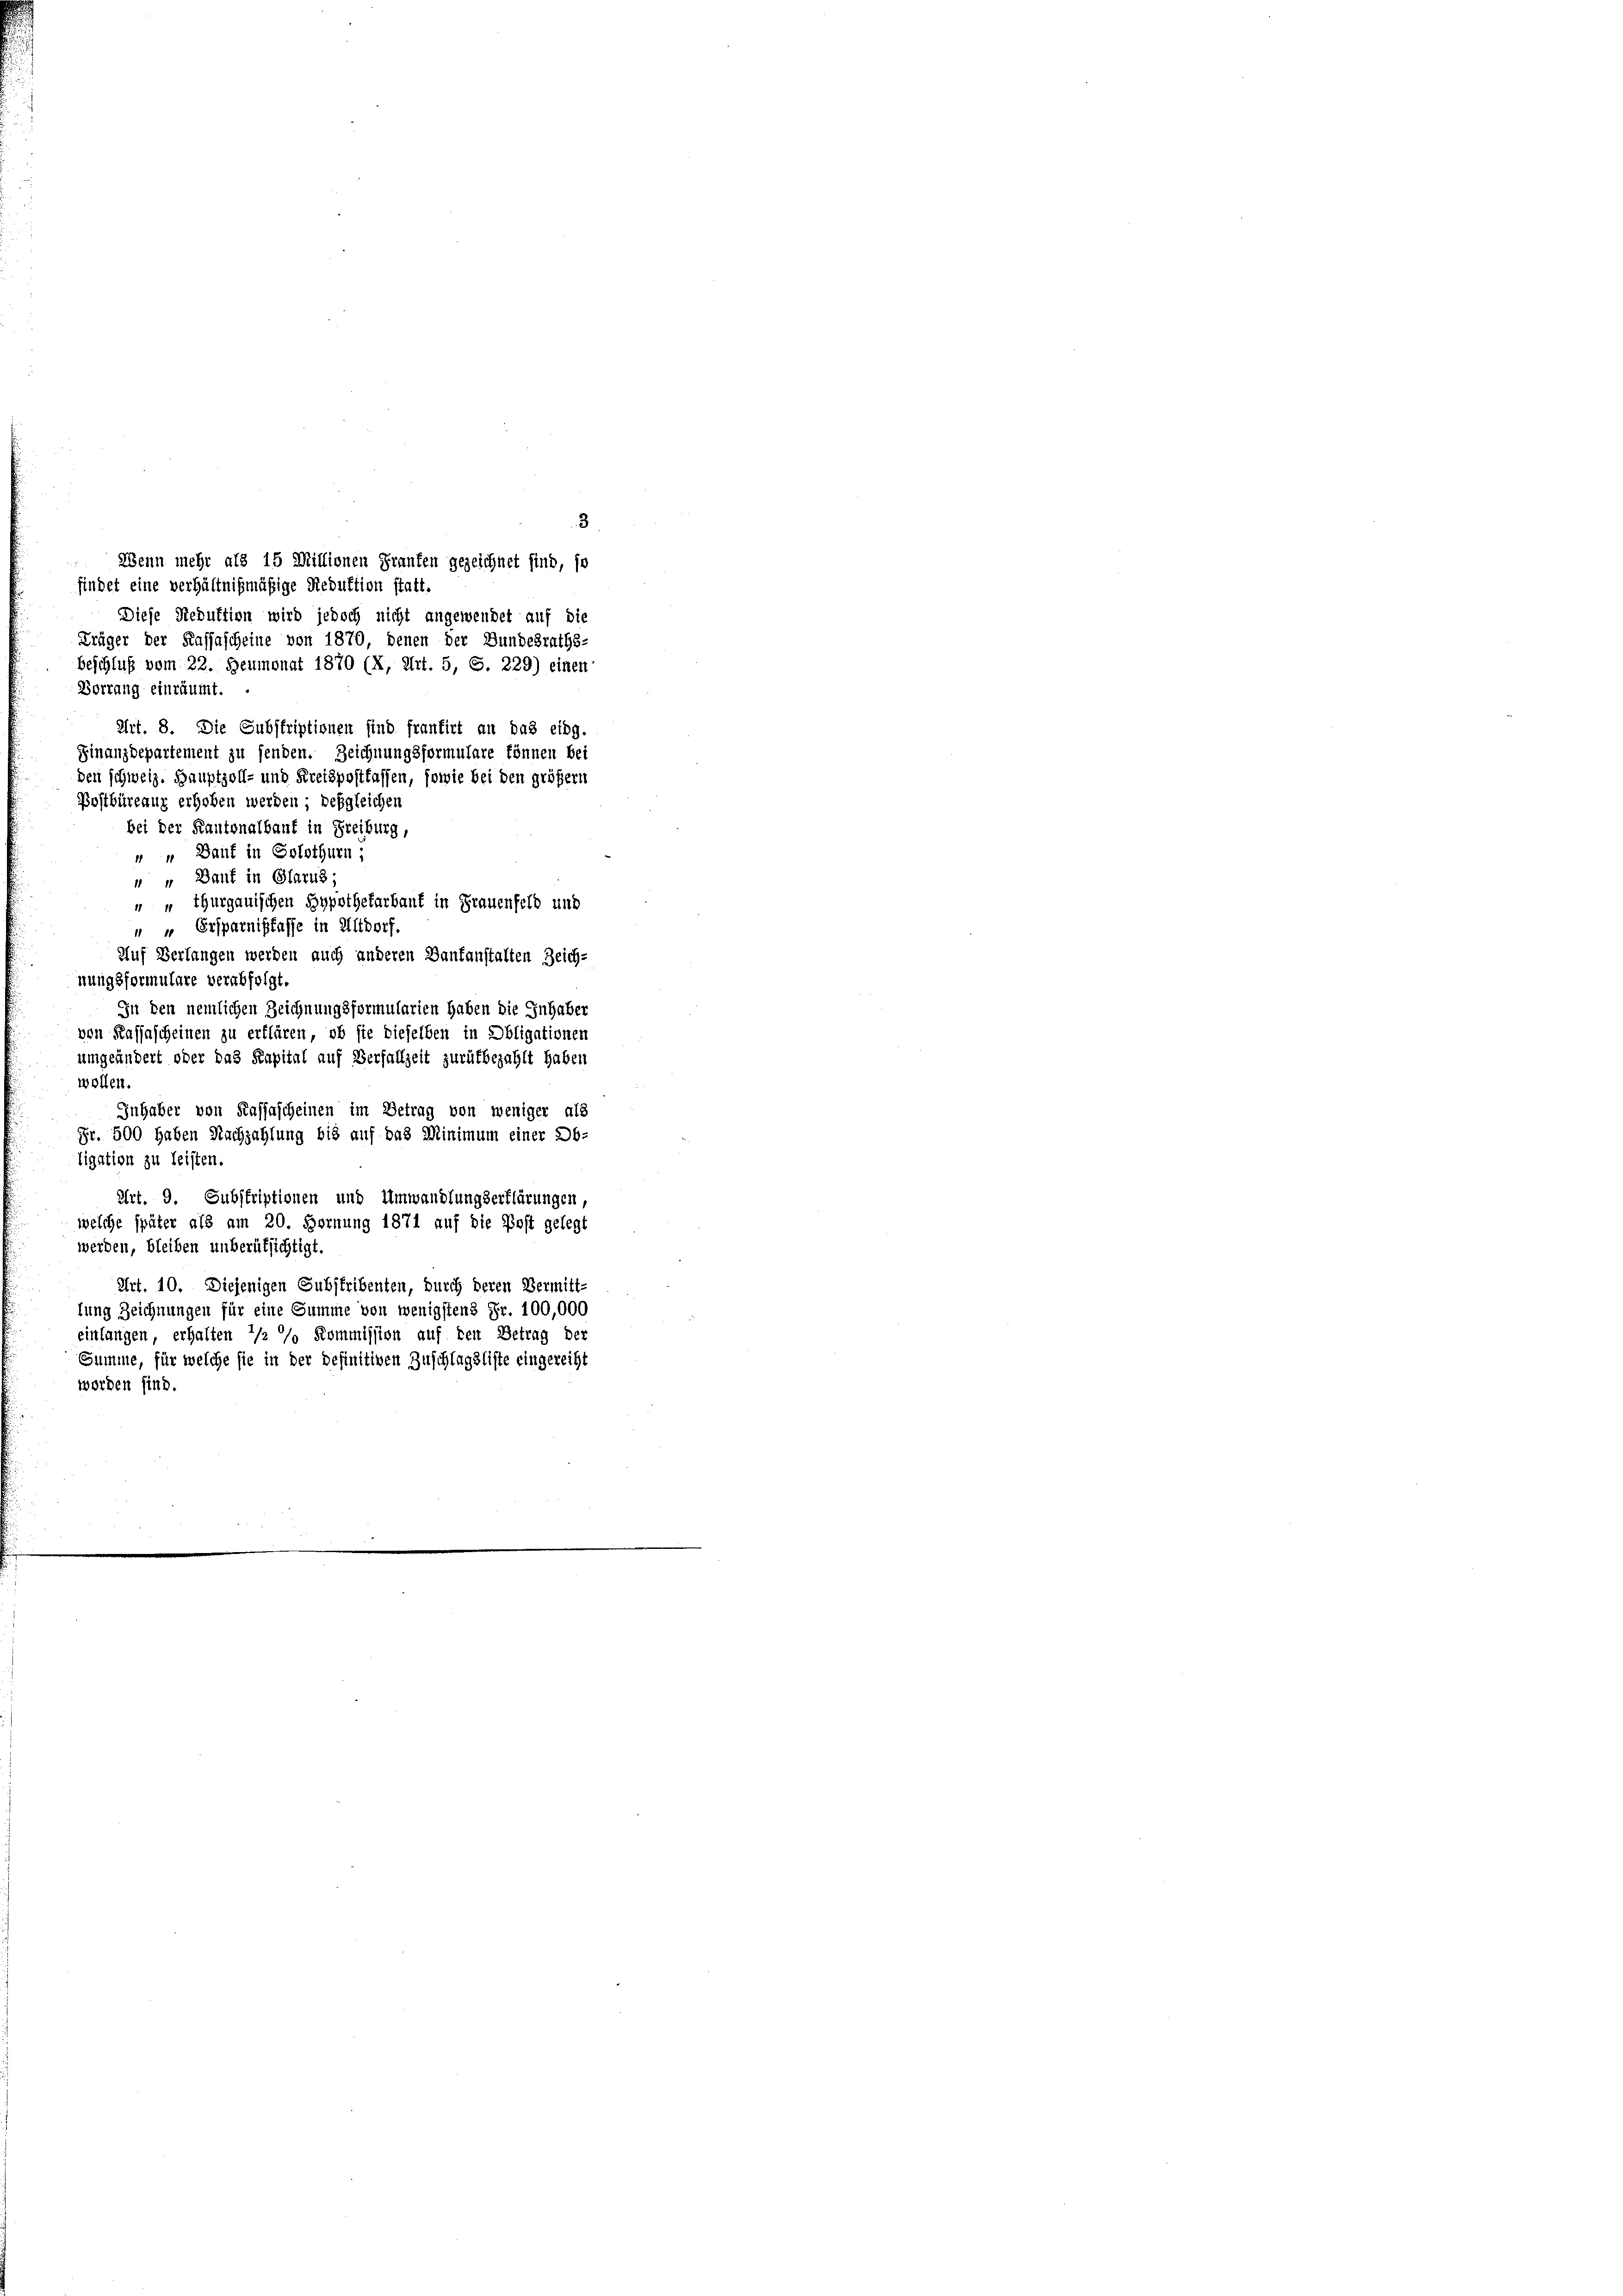
3
findet eine verhältnißmäßige Reduktion statt.
Diese Reduktion wird jedoch nicht angewendet auf die
Träger der Kassascheine von 1870, denen der Bundesraths-
beschluß vom 22. Heumonat 1870 (X, Art. 5, S. 229) einen
Borrang einräumt.
Art. 8. Die Substriptionen sind frantirt an das eidg.
Finanzdepartement zu senden. Zeichnungsformulare können bei
den schweiz. Hauptzoll- und Kreispostfassen, sowie bei den größer
Postbüreaux erhoben werden; desgleichen
bei der Kantonalbauf in Freiburg,
" " Bauf in Solothurn,
" " Bauf in Glarus;
 + Thurgauischen Hypothekarbaut in Frauenfeld und
“ Ersparnißfasse in Altdorf.
Auf Verlangen werden auch anderen Zanfanstalten Zeich-
nungsformulare verabfolgt.
In den nemlichen Zeichnungsformularien haben die Inhaber
von Kassascheinen zu erklären, ob sie dieselben in Obligationen
umgeändert oder das Kapital auf Verfallzeit zurükbezahlt haben
wollen.
Inhaber von Kassascheinen im Betrag von weniger als
Fr. 500 haben Nachzahlung bis auf das Minimum einer Ob-
ligation zu leisten.
Art. 9. Subskriptionen und Umwandlungserklärungen,
welche später als am 20. Hornung 1871 auf die Post gelegt
werden, bleiben unberütsichtigt.
Art. 10. Diejenigen Substribenten, durch deren Vermitt-
lung Zeichnungen für eine Summe von wenigstens Fr. 100,000
einlangen, erhalten 1/2 % Kommission auf den Betrag der
Summe, für welche sie in der Definitiven Zuschlagsliste eingereiht
worden sind.

Wenn mehr als 15 Millionen Franken gezeichnet sind, so